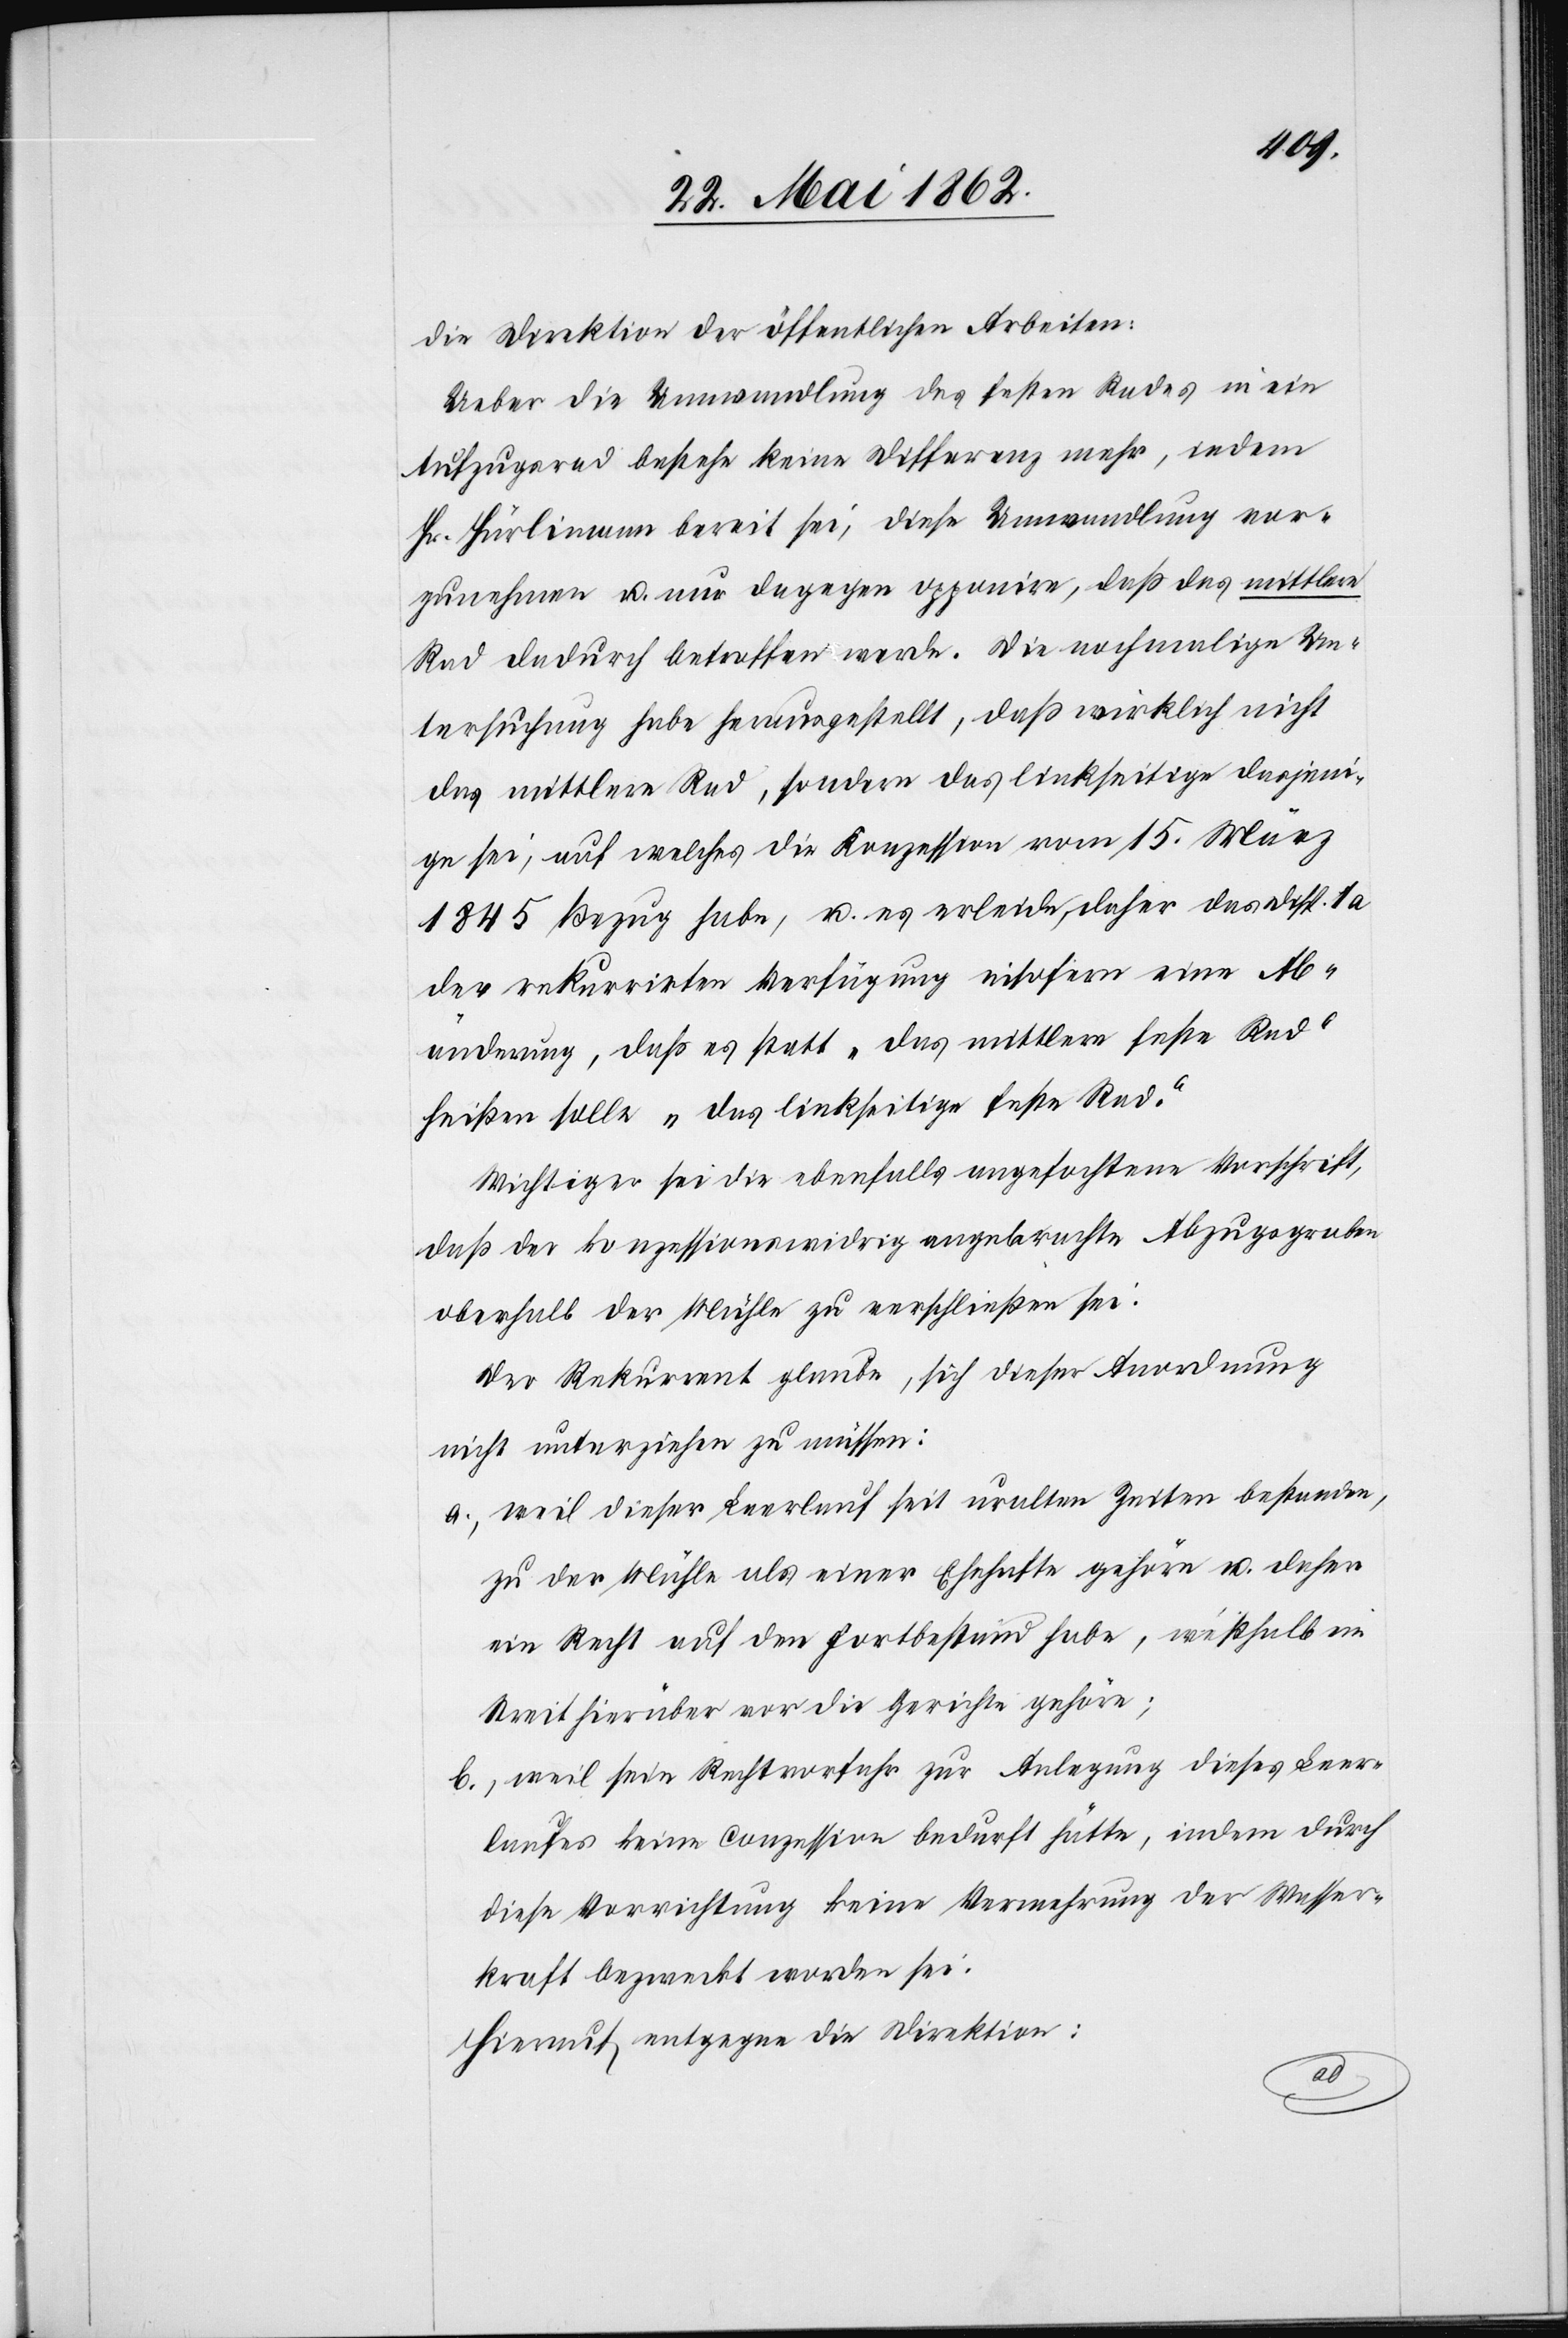
die Direktion der öffentlichen Arbeiten:
Ueber die Umwandlung des festen Rades in ein
Aufzugrad bestehe keine Differenz mehr, indem
Hr. Hürlimann bereit sei, diese Umwandlung vor¬
zunehmen u. nur dagegen opponire, daß das mittlere
Rad dadurch betroffen werde. Die nochmalige Un¬
tersuchung habe herausgestellt, daß wirklich nicht
das mittlere Rad, sondern das linkseitige dasjeni¬
ge sei, auf welches die Konzession vom 15. März
1845 Bezug habe, u. es erleide daher das Disp. 1 a
der rekurrirten Verfügung insofern eine Ab¬
änderung, daß es statt „das mittlere feste Rad“
heißen solle „das linkseitige feste Rad.“
Wichtiger sei die ebenfalls angefochtene Vorschrift,
daß der konzessionswidrig angebrachte Abzugsgraben
oberhalb der Mühle zu verschließen sei.
Der Rekurrent glaube, sich dieser Anordnung
nicht unterziehen zu müssen:
a) weil dieser Leerlauf seit uralten Zeiten bestanden,
zu der Mühle als einer Ehehafte gehöre u. daher
ein Recht auf den Fortbestand habe, weßhalb ein
Streit hierüber vor die Gerichte gehöre;
b) weil sein Rechtvorfahr zur Anlegung dieses Leer¬
laufes keine Conzession bedurft hätte, indem durch
diese Vorrichtung keine Vermehrung der Wasser¬
kraft bezweckt worden sei.
Hierauf entgegne die Direktion: